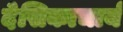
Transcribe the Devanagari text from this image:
देसिकाचार्य